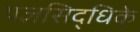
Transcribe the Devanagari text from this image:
यज्ञसिद्धिके